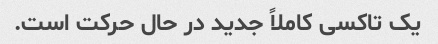
یک تاکسی کاملاً جدید در حال حرکت است.